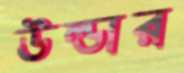
উল্ডার